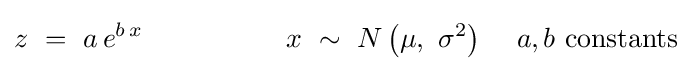
z\,\,=\,\,a\,e^{b\,x}\,\,\,\,\,\,\,\,\,\,\,\,\,\,\,\,\,\,\,\,\,\,\,\,\,\,\,\,\,\,\,x\,\,\sim \,\,N\left({\mu ,\,\,\sigma ^{2}}\right)\,\,\,\,\,\,\,a,b\,\,{\rm {constants}}